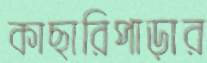
কাছারিপাড়ার